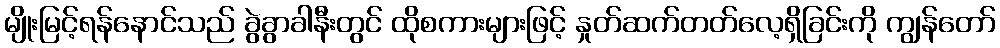
မျိုးမြင့်ရန်နောင်သည် ခွဲခွာခါနီးတွင် ထိုစကားများဖြင့် နှုတ်ဆက်တတ်လေ့ရှိခြင်းကို ကျွန်တော်